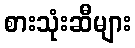
စားသုံးဆီများ